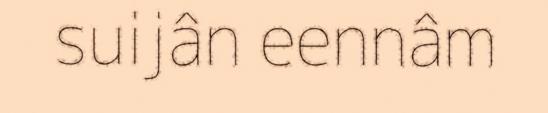
suijân eennâm